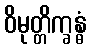
ဝိမုတ္တိက္ခန္ဓံ